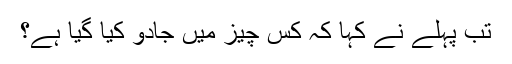
تب پہلے نے کہا کہ کس چیز میں جادو کیا گیا ہے؟